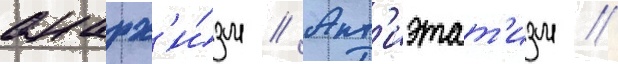
анарх'и́зм // Ант'иэтат'изм //